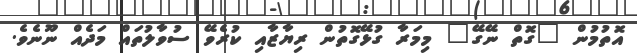
އޮތުމުން "ގޮތް ނޭގޭ" މިމަރާ ގުޅޭގޮތުން ރިޔާޒާއި ކުރެވޭ ސުވާލުތައް މަދެއް ނޫނެވެ.